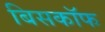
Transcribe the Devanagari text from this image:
बिसकॉफ